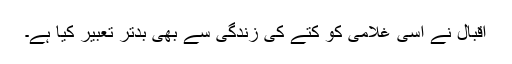
اقبالؔ نے اسی غلامی کو کتے کی زندگی سے بھی بدتر تعبیر کیا ہے۔